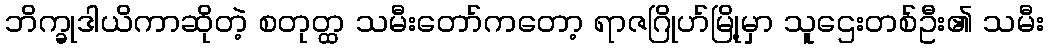
ဘိက္ခုဒါယိကာဆိုတဲ့ စတုတ္ထ သမီးတော်ကတော့ ရာဇဂြိုဟ်မြို့မှာ သူဌေးတစ်ဦး၏ သမီး